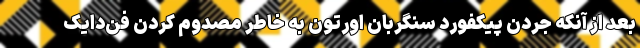
بعد از آنکه جردن پیکفورد سنگربان اورتون به خاطر مصدوم کردن فن‌دایک